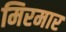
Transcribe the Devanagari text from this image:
मिरमार